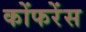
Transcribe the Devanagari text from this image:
कोंफरेंस